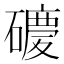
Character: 𥖂